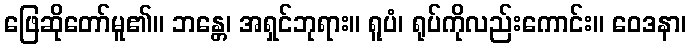
ဖြေဆိုတော်မူ၏။ ဘန္တေ၊ အရှင်ဘုရား။ ရူပံ၊ ရုပ်ကိုလည်းကောင်း။ ဝေဒနာ၊